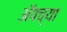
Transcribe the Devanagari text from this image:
अॅपच्या